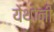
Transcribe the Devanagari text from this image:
येथोनी